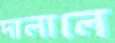
দালালে